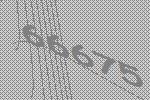
66675